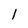
Character: I